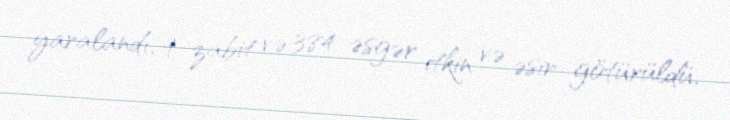
yaralandı, 9 zabit və 384 əsgər itkin və əsir götürüldü.